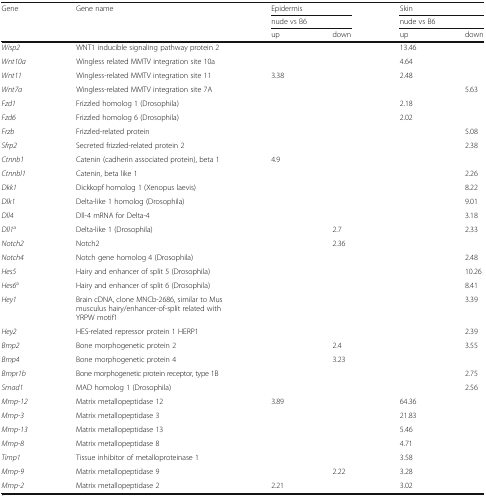
<table><thead><tr><td rowspan="3"><b>Gene</b></td><td rowspan="3"><b>Gene name</b></td><td colspan="2"><b>Epidermis</b></td><td colspan="2"><b>Skin</b></td></tr><tr><td colspan="2"><b>nude vs B6</b></td><td colspan="2"><b>nude vs B6</b></td></tr><tr><td><b>up</b></td><td><b>down</b></td><td><b>up</b></td><td><b>down</b></td></tr></thead><tbody><tr><td><i>Wisp2</i></td><td>WNT1 inducible signaling pathway protein 2</td><td></td><td></td><td>13.46</td><td></td></tr><tr><td><i>Wnt10a</i></td><td>Wingless related MMTV integration site 10a</td><td></td><td></td><td>4.64</td><td></td></tr><tr><td><i>Wnt11</i></td><td>Wingless-related MMTV integration site 11</td><td>3.38</td><td></td><td>2.48</td><td></td></tr><tr><td><i>Wnt7a</i></td><td>Wingless-related MMTV integration site 7A</td><td></td><td></td><td></td><td>5.63</td></tr><tr><td><i>Fzd1</i></td><td>Frizzled homolog 1 (Drosophila)</td><td></td><td></td><td>2.18</td><td></td></tr><tr><td><i>Fzd6</i></td><td>Frizzled homolog 6 (Drosophila)</td><td></td><td></td><td>2.02</td><td></td></tr><tr><td><i>Frzb</i></td><td>Frizzled-related protein</td><td></td><td></td><td></td><td>5.08</td></tr><tr><td><i>Sfrp2</i></td><td>Secreted frizzled-related protein 2</td><td></td><td></td><td></td><td>2.38</td></tr><tr><td><i>Ctnnb1</i></td><td>Catenin (cadherin associated protein), beta 1</td><td>4.9</td><td></td><td></td><td></td></tr><tr><td><i>Ctnnbl1</i></td><td>Catenin, beta like 1</td><td></td><td></td><td></td><td>2.26</td></tr><tr><td><i>Dkk1</i></td><td>Dickkopf homolog 1 (Xenopus laevis)</td><td></td><td></td><td></td><td>8.22</td></tr><tr><td><i>Dlk1</i></td><td>Delta-like 1 homolog (Drosophila)</td><td></td><td></td><td></td><td>9.01</td></tr><tr><td><i>Dll4</i></td><td>Dll-4 mRNA for Delta-4</td><td></td><td></td><td></td><td>3.18</td></tr><tr><td><i>Dll1</i><sup>a</sup></td><td>Delta-like 1 (Drosophila)</td><td></td><td>2.7</td><td></td><td>2.33</td></tr><tr><td><i>Notch2</i></td><td>Notch2</td><td></td><td>2.36</td><td></td><td></td></tr><tr><td><i>Notch4</i></td><td>Notch gene homolog 4 (Drosophila)</td><td></td><td></td><td></td><td>2.48</td></tr><tr><td><i>Hes5</i></td><td>Hairy and enhancer of split 5 (Drosophila)</td><td></td><td></td><td></td><td>10.26</td></tr><tr><td><i>Hes6</i><sup>a</sup></td><td>Hairy and enhancer of split 6 (Drosophila)</td><td></td><td></td><td></td><td>8.41</td></tr><tr><td><i>Hey1</i></td><td>Brain cDNA, clone MNCb-2686, similar to Mus musculus hairy/enhancer-of-split related with YRPW motif1</td><td></td><td></td><td></td><td>3.39</td></tr><tr><td><i>Hey2</i></td><td>HES-related repressor protein 1 HERP1</td><td></td><td></td><td></td><td>2.39</td></tr><tr><td><i>Bmp2</i></td><td>Bone morphogenetic protein 2</td><td></td><td>2.4</td><td></td><td>3.55</td></tr><tr><td><i>Bmp4</i></td><td>Bone morphogenetic protein 4</td><td></td><td>3.23</td><td></td><td></td></tr><tr><td><i>Bmpr1b</i></td><td>Bone morphogenetic protein receptor, type 1B</td><td></td><td></td><td></td><td>2.75</td></tr><tr><td><i>Smad1</i></td><td>MAD homolog 1 (Drosophila)</td><td></td><td></td><td></td><td>2.56</td></tr><tr><td><i>Mmp-12</i></td><td>Matrix metallopeptidase 12</td><td>3.89</td><td></td><td>64.36</td><td></td></tr><tr><td><i>Mmp-3</i></td><td>Matrix metallopeptidase 3</td><td></td><td></td><td>21.83</td><td></td></tr><tr><td><i>Mmp-13</i></td><td>Matrix metallopeptidase 13</td><td></td><td></td><td>5.46</td><td></td></tr><tr><td><i>Mmp-8</i></td><td>Matrix metallopeptidase 8</td><td></td><td></td><td>4.71</td><td></td></tr><tr><td><i>Timp1</i></td><td>Tissue inhibitor of metalloproteinase 1</td><td></td><td></td><td>3.58</td><td></td></tr><tr><td><i>Mmp-9</i></td><td>Matrix metallopeptidase 9</td><td></td><td>2.22</td><td>3.28</td><td></td></tr><tr><td><i>Mmp-2</i></td><td>Matrix metallopeptidase 2</td><td>2.21</td><td></td><td>3.02</td><td></td></tr></tbody></table>